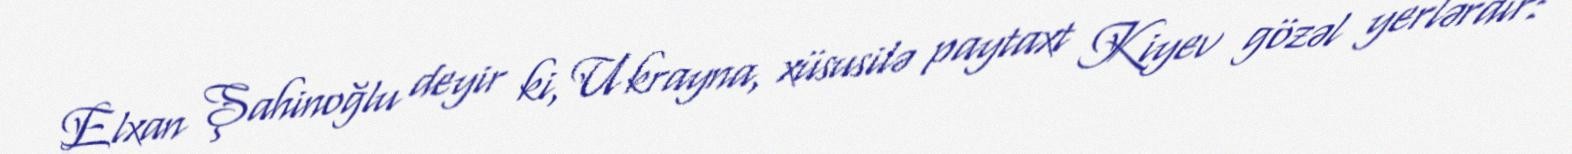
Elxan Şahinoğlu deyir ki, Ukrayna, xüsusilə paytaxt Kiyev gözəl yerlərdir: